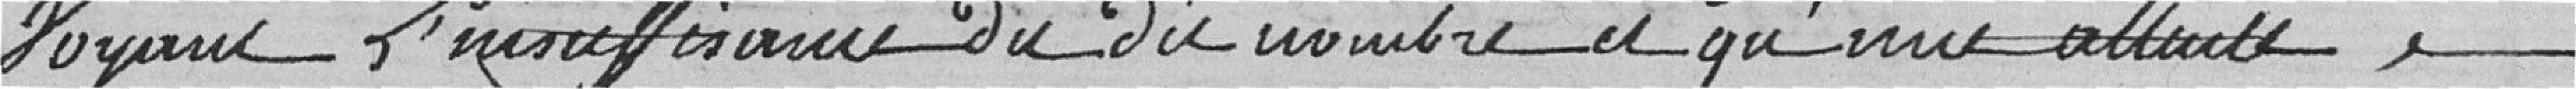
Voyant, L'insuffisance du dit nombre et qu'une attente